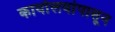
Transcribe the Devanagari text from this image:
कार्यालयांपासून